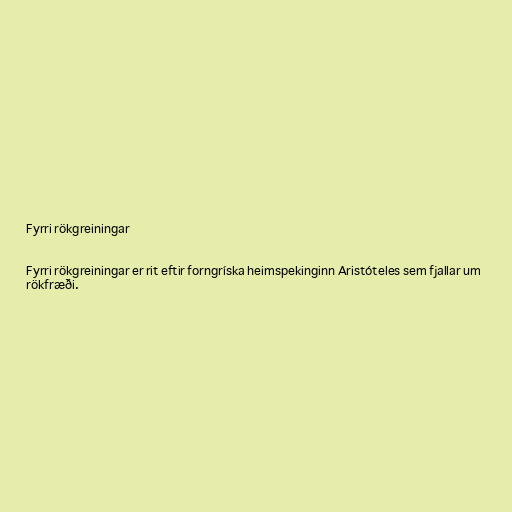
Fyrri rökgreiningar

Fyrri rökgreiningar er rit eftir forngríska heimspekinginn Aristóteles sem fjallar um
rökfræði.